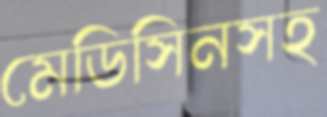
মেডিসিনসহ